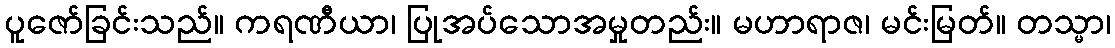
ပူဇော်ခြင်းသည်။ ကရဏီယာ၊ ပြုအပ်သောအမှုတည်း။ မဟာရာဇ၊ မင်းမြတ်။ တသ္မာ၊